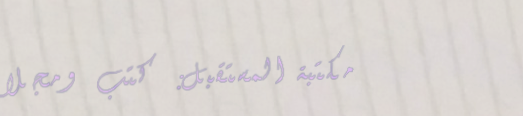
مكتبة المستقبل: كتب ومجلا